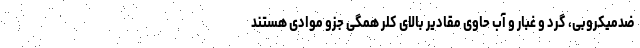
ضدمیکروبی، گرد و غبار و آب حاوی مقادیر بالای کلر همگی جزو موادی هستند